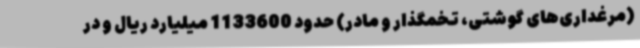
(مرغداری‌های گوشتی، تخمگذار و مادر) حدود 1133600 میلیارد ریال و در